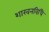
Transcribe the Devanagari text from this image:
शाखनविधि